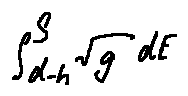
\int \limits _ { d - h } ^ { S } \sqrt { g } d E